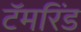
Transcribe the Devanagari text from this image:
टॅमरिंड